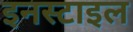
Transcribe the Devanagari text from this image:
इनस्टाइल